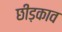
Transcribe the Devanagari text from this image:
छीड़काव